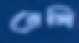
রেগি